Insane asylums in Bengal annual reports 1867-1875 - 1867-1875
Year: 1867
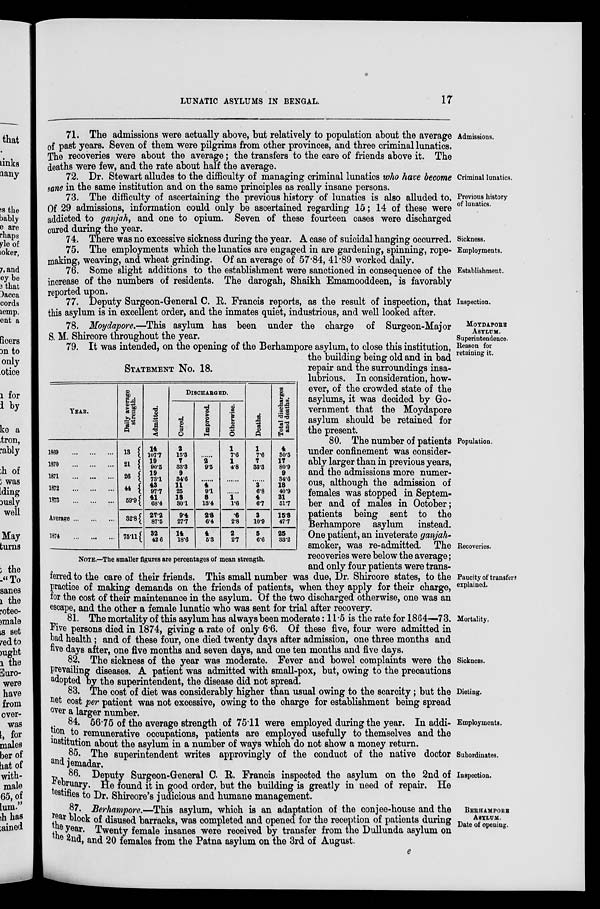
LUNATIC ASYLUMS IN BENGAL.
17
Admissions.
71. The admissions were actually above, but relatively to population about the average
of past years. Seven of them were pilgrims from other provinces, and three criminal lunatics.
The recoveries were about the average; the transfers to the care of friends above it. The
deaths were few, and the rate about half the average.
Criminal lunatics.
72. Dr. Stewart alludes to the difficulty of managing criminal lunatics who have become
sane in the same institution and on the same principles as really insane persons.
Previous history
of lunatics.
73. The difficulty of ascertaining the previous history of lunatics is also alluded to.
Of 29 admissions, information could only be ascertained regarding 15; 14 of these were
addicted to ganjah, and one to opium. Seven of these fourteen cases were discharged
cured during the year.
Sickness.
74. There was no excessive sickness during the year. A case of suicidal hanging occurred.
Employments.
75. The employments which the lunatics are engaged in are gardening, spinning, rope-
making, weaving, and wheat grinding. Of an average of 57.84, 41.89 worked daily.
Establishment.
76. Some slight additions to the establishment were sanctioned in consequence of the
increase of the numbers of residents. The darogah, Shaikh Emamooddeen, is favorably
reported upon.
Inspection.
77. Deputy Surgeon-General C. R. Francis reports, as the result of inspection, that
this asylum is in excellent order, and the inmates quiet, industrious, and well looked after.
MOYDAPORE
ASYLUM.
78. Moydapore.—This asylum has been under the charge of Surgeon-Major
S. M. Shircore throughout the year.
Superintendence.
Reason for
retaining it.
STATEMENT No. 18.
YEAR.
1889
...
...
...
1870
...
...
...
1871
...
...
...
1872
...
...
...
1873 ...
...
...
Average ... ... ...
1874
...
...
...
Daily average
strength.
13
21
26
44
59.9
32.8
75.11
Admitted.
14
107.7
19
90.5
19
73.1
43
97.7
41
68.4
27.2
87.5
32
42.6
DISCHARGED.
Cured.
2
15.3
7
33.3
9
34.6
11
25
18
30.1
9.4
27.7
14
18.6
Improved.
......
2
9.5
......
4
9.1
8
13.4
2.8
6.4
4
5.3
Otherwise.
1
7.6
1
4.8
......
......
1
1.6
.6
2.8
2
2.7
Deaths.
1
7.6
7
33.3
......
3
6.8
4
6.7
3
10.9
5
6.6
Total discharges
and deaths.
4
30.5
17
80.9
9
34.6
18
40.9
31
51.7
15.8
47.7
25
33.2
NOTE.—The smaller figures are percentages of mean strength.
Population.
Recoveries.
Paucity of transfers
explained.
79. It was intended, on the opening of the Berhampore asylum, to close this institution,
the building being old and in bad
repair and the surroundings insa-
lubrious. In consideration, how-
ever, of the crowded state of the
asylums, it was decided by Go-
vernment that the Moydapore
asylum should be retained for
the present.
80. The number of patients
under confinement was consider-
ably larger than in previous years,
and the admissions more numer-
ous, although the admission of
females was stopped in Septem-
ber and of males in October;
patients being sent to the
Berhampore asylum instead.
One patient, an inveterate ganjah-
smoker, was re-admitted. The
recoveries were below the average;
and only four patients were trans-
ferred to the care of their friends. This small number was due, Dr. Shircore states, to the
practice of making demands on the friends of patients, when they apply for their charge,
for the cost of their maintenance in the asylum. Of the two discharged otherwise, one was an
escape, and the other a female lunatic who was sent for trial after recovery.
Mortality.
81. The mortality of this asylum has always been moderate: 11.5 is the rate for 1864—73.
Five persons died in 1874, giving a rate of only 6.6. Of these five, four were admitted in
bad health; and of these four, one died twenty days after admission, one three months and
five days after, one five months and seven days, and one ten months and five days.
Sickness.
82. The sickness of the year was moderate. Fever and bowel complaints were the
prevailing diseases. A patient was admitted with small-pox, but, owing to the precautions
adopted by the superintendent, the disease did not spread.
Dieting.
83. The cost of diet was considerably higher than usual owing to the scarcity; but the
net cost per patient was not excessive, owing to the charge for establishment being spread
over a larger number.
Employments.
84. 56.75 of the average strength of 75.11 were employed during the year. In addi-
tion to remunerative occupations, patients are employed usefully to themselves and the
institution about the asylum in a number of ways which do not show a money return.
Subordinates.
85. The superintendent writes approvingly of the conduct of the native doctor
and jemadar.
Inspection.
86. Deputy Surgeon-General C. R. Francis inspected the asylum on the 2nd of
February. He found it in good order, but the building is greatly in need of repair. He
testifies to Dr. Shircore's judicious and humane management.
BERHAMPORE
ASYLUM.
Date of opening.
87. Berhampore.—This asylum, which is an adaptation of the conjee-house and the
rear block of disused barracks, was completed and opened for the reception of patients during
the year. Twenty female insanes were received by transfer from the Dullunda asylum on
the 2nd, and 20 females from the Patna asylum on the 3rd of August.
e